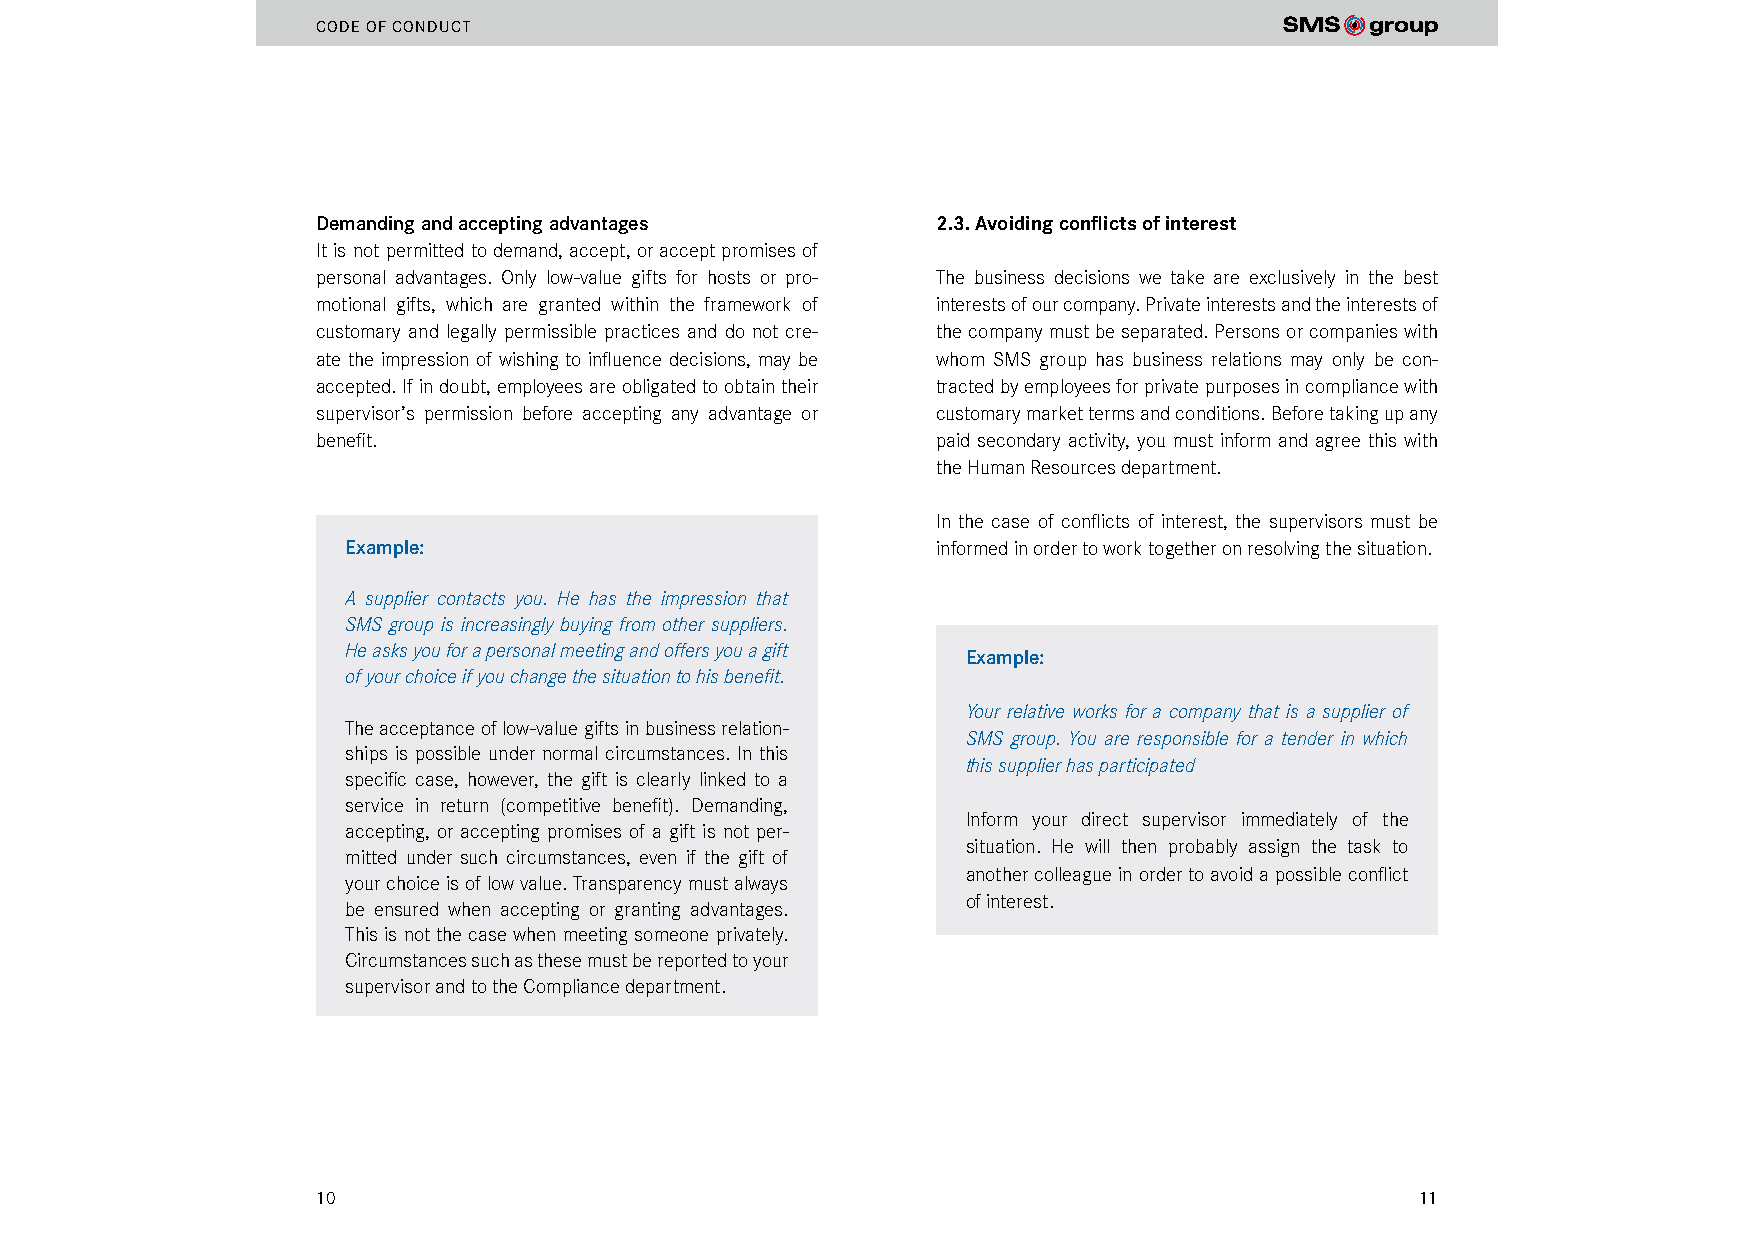
CODE OF CONDUCT
 Demanding and accepting advantages       2.3. Avoiding conflicts of interest
 It is not permitted to demand, accept, or accept promises of
 personal advantages. Only low-value gifts for hosts or pro- The business decisions we take are exclusively in the best
 motional gifts, which are granted within the framework of interests of our company. Private interests and the interests of
 customary and legally permissible practices and do not cre- the company must be separated. Persons or companies with
 ate the impression of wishing to influence decisions, may be whom SMS group has business relations may only be con-
 accepted. If in doubt, employees are obligated to obtain their tracted by employees for private purposes in compliance with
 supervisor’s permission before accepting any advantage or customary market terms and conditions. Before taking up any
 benefit.                                 paid secondary activity, you must inform and agree this with
 the Human Resources department.
 In the case of conflicts of interest, the supervisors must be
 Example:                               informed in order to work together on resolving the situation.
 A supplier contacts you. He has the impression that
 SMS group is increasingly buying from other suppliers.
 He asks you for a personal meeting and offers you a gift
 Example:
 of your choice if you change the situation to his benefit.
 Your relative works for a company that is a supplier of
 The acceptance of low-value gifts in business relation-
 SMS group. You are responsible for a tender in which
 ships is possible under normal circumstances. In this
 this supplier has participated
 specific case, however, the gift is clearly linked to a
 service in return (competitive benefit). Demanding,
 Inform your direct supervisor immediately of the
 accepting, or accepting promises of a gift is not per-
 situation. He will then probably assign the task to
 mitted under such circumstances, even if the gift of
 another colleague in order to avoid a possible conflict
 your choice is of low value. Transparency must always
 of interest.
 be ensured when accepting or granting advantages.
 This is not the case when meeting someone privately.
 Circumstances such as these must be reported to your
 supervisor and to the Compliance department.
 10                                                                       11